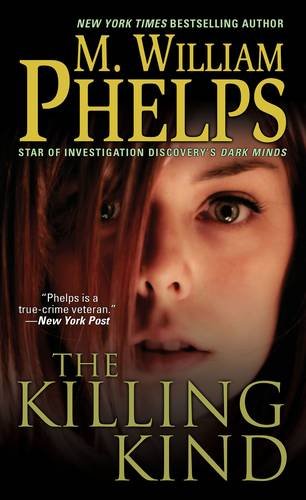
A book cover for The Killing Kind; M. William Phelps; Biographies & Memoirs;